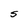
Character: S